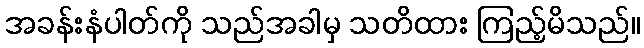
အခန်းနံပါတ်ကို သည်အခါမှ သတိထား ကြည့်မိသည်။